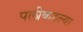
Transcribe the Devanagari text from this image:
पलीकडल्या